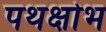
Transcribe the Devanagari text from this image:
पथक्षोभ